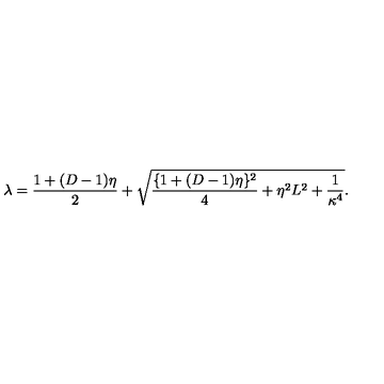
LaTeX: \lambda = \frac { 1 + ( D - 1 ) \eta } { 2 } + \sqrt { \frac { \{ 1 + ( D - 1 ) \eta \} ^ { 2 } } { 4 } + \eta ^ { 2 } L ^ { 2 } + \frac { 1 } { \kappa ^ { 4 } } } .